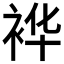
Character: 𮕽